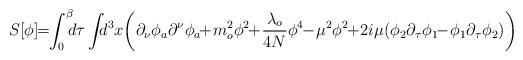
LaTeX: \begin{align*}S[\phi]\!\!=\!\!\int_0^\beta\!\!\! d\tau\int\!\!\! d^3 x\!\left(\partial_{\nu}\phi_{a}\partial^{\nu}\phi_{a}\!\!+\!m^2_{o}\phi^2\!\!+\!\frac{\lambda_{o}}{4N}\phi^4\!\!-\!\mu^2\phi^2\!\!+\!2i\mu(\phi_{2}\partial_{\tau}\phi_{1}\!\!-\!\phi_{1}\partial_{\tau}\phi_{2})\right)\end{align*}